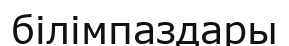
білімпаздары